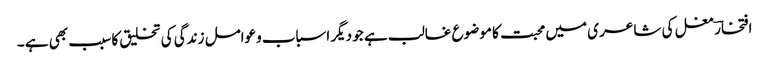
افتخارؔ مغل کی شاعر ی میں محبت کا موضوع غالب ہے جو دیگر اسباب وعوامل زندگی کی تخلیق کا سبب بھی ہے ۔